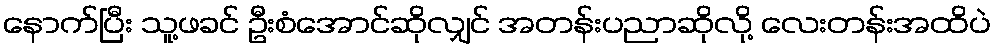
နောက်ပြီး သူ့ဖခင် ဦးစံအောင်ဆိုလျှင် အတန်းပညာဆိုလို့ လေးတန်းအထိပဲ